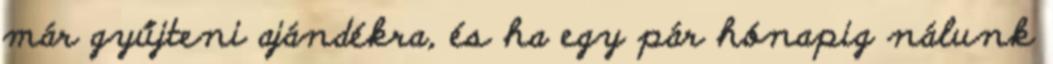
már gyűjteni ajándékra, és ha egy pár hónapig nálunk